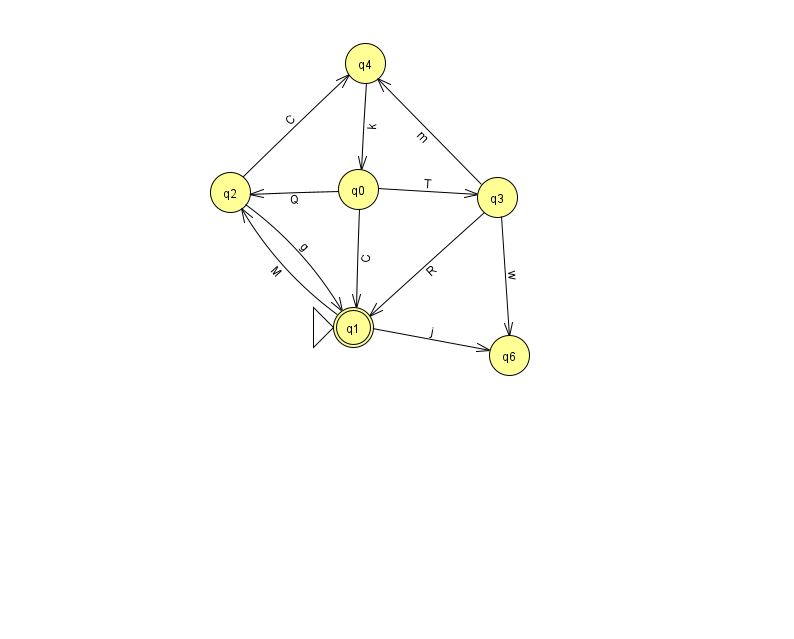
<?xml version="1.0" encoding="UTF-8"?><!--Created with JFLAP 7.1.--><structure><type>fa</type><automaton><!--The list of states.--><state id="0" name="q0"><x>358.0</x><y>176.0</y></state><state id="1" name="q1"><x>353.0</x><y>314.0</y><initial/><final/></state><state id="2" name="q2"><x>230.0</x><y>179.0</y></state><state id="3" name="q3"><x>497.0</x><y>184.0</y></state><state id="4" name="q4"><x>365.0</x><y>50.0</y></state><state id="6" name="q6"><x>509.0</x><y>342.0</y></state><!--The list of transitions.--><transition><from>3</from><to>4</to><read>m</read></transition><transition><from>1</from><to>2</to><read>M</read></transition><transition><from>0</from><to>3</to><read>T</read></transition><transition><from>3</from><to>6</to><read>w</read></transition><transition><from>0</from><to>1</to><read>C</read></transition><transition><from>2</from><to>4</to><read>C</read></transition><transition><from>3</from><to>1</to><read>R</read></transition><transition><from>4</from><to>0</to><read>k</read></transition><transition><from>0</from><to>2</to><read>Q</read></transition><transition><from>2</from><to>1</to><read>g</read></transition><transition><from>1</from><to>6</to><read>j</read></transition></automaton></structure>